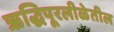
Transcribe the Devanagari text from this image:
ऋद्धिपूरलीळेतील